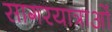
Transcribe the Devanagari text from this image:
सागरयात्राओं